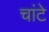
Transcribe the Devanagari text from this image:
चांटे